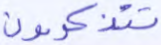
تتذكرون